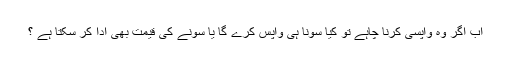
اب اگر وہ واپسی کرنا چاہے تو کیا سونا ہی واپس کرے گا یا سونے کی قیمت بھی ادا کر سکتا ہے ؟